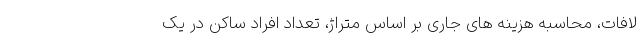
لافات، محاسبه هزینه های جاری بر اساس متراژ، تعداد افراد ساکن در یک